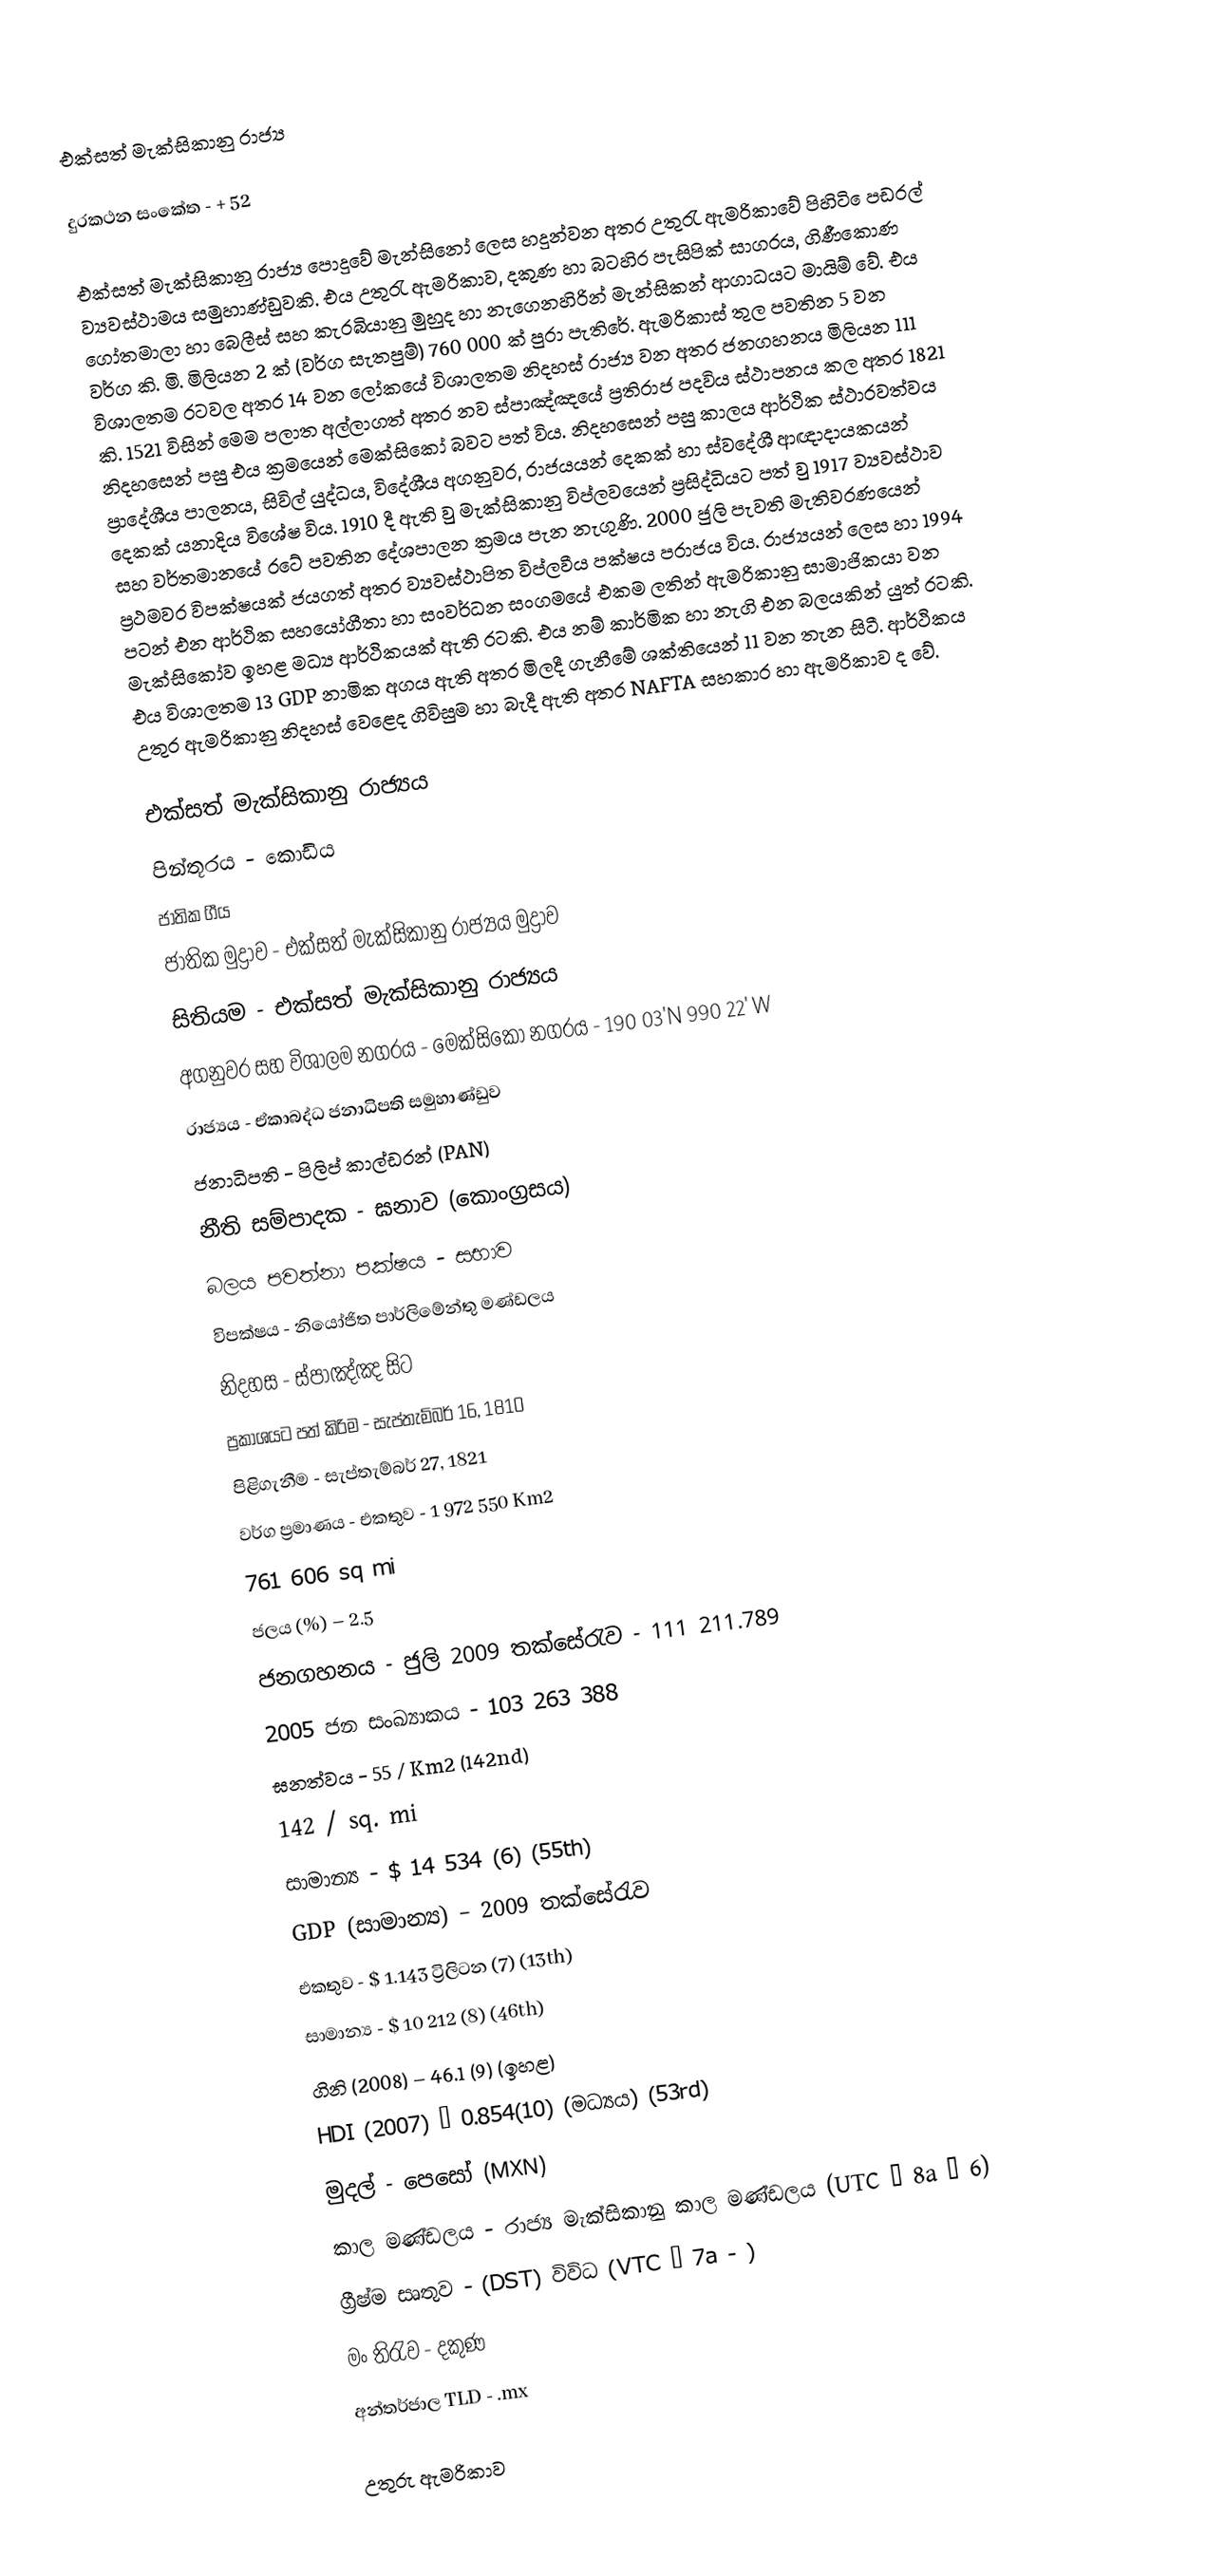
එක්සත් මැක්සිකානු රාජ්‍ය

දුරකථන සංකේත - + 52

එක්සත් මැක්සිකානු රාජ්‍ය පොදුවේ මැන්සිනෝ ලෙස හදුන්වන අතර උතුරැ ඇමරිකාවේ පිහිටි ‍ෙපඩරල් ව්‍යවස්ථාමය සමුහාණ්ඩුවකි. එය උතුරැ ඇමරිකාව, දකුණ හා බටහිර පැසිපික් සාගරය, ගිණීකොණ ගෝතමාලා හා බෙලීස් සහ කැරබියානු මුහුද හා නැගෙනහිරින් මැන්සිකන් ආගාධයට මායිම් වේ. එය වර්ග කි. මි. මිලියන 2 ක් (වර්ග සැතපුම්) 760 000 ක් පුරා පැතිරේ. ඇමරිකාස් තුල පවතින 5 වන විශාලතම රටවල අතර 14 වන ලෝකයේ විශාලතම නිදහස් රාජ්‍ය වන අතර ජනගහනය මිලියන 111 කි. 1521 විසින් මෙම පලාත අල්ලාගත් අතර නව ස්පාඤ්ඤයේ ප්‍රතිරාජ පදවිය ස්ථාපනය කල අතර 1821 නිදහසෙන් පසු එය ක්‍රමයෙන් මෙක්සිකෝ බවට පත් විය. නිදහසෙන් පසු කාලය ආර්ථික ස්ථාරවත්වය ප්‍රාදේශීය පාලනය, සිවිල් යුද්ධය, විදේශීය අගනුවර, රාජ‍්‍යයන් දෙකක් හා ස්වදේශී ආඥාදායකයන් දෙකක් යනාදිය විශේෂ ‍විය. 1910 දී ඇති වු මැක්සිකානු විප්ලවයෙන් ප්‍රසිද්ධියට පත් වු 1917 ව්‍යවස්ථාව සහ වර්තමානයේ රටේ පවතින දේශපාලන ක්‍රමය පැන නැගුණි. 2000 ජුලි පැවති මැතිවරණයෙන් ප්‍රථමවර විපක්ෂයක් ජයගත් අතර ව්‍යවස්ථාපිත විප්ලවීය පක්ෂය පරාජය විය. රාජ්‍යයන් ලෙස හා  1994 පටන් එන ආර්ථික සහයෝගීතා හා සංවර්ධන සංගමයේ එකම ලතින් ඇමරිකානු සාමාජිකයා වන මැක්සිකෝව ඉහළ මධ්‍ය ආර්ථිකයක් ඇති රටකි. එය නම් කාර්මික හා නැගි එන බලයකින් යුත් රටකි. එය විශාලතම 13 GDP නාමික අගය ඇති අතර මිලදී ගැනීමේ ශක්තියෙන් 11 වන තැන සිටී. ආර්ථිකය උතුර ඇමරිකානු නිදහස් වෙළෙද ගිවිසුම හා බැදී ඇති අතර NAFTA සහකාර හා ඇමරිකාව ද වේ.

එක්සත් මැක්සිකානු රාජ්‍යය
පින්තූරය - කොඩිය
ජාතික ගීය
ජාතික මුද්‍රාව - එක්සත් මැක්සිකානු රාජ්‍යය මුද්‍රාව
සිතියම - එක්සත් මැක්සිකානු රාජ්‍යය
අගනුවර සහ විශාලම නගරය - මෙක්සිකෝ නගරය - 190 03'N 990 22' W
රාජ්‍යය - ඒකාබද්ධ ජනාධිපති සමුහාණ්ඩුව
ජනාධිපති - පිලිප් කාල්ඩරන් (PAN)
නීති සම්පාදක - ඝනාව (කොංග්‍රසය)
බලය පවත්නා පක්ෂය - සභාව
විපක්ෂය - නියෝජිත පාර්ලිමේන්තු මණ්ඩලය
නිදහස - ස්පාඤ්ඤ සිට
ප්‍රකාශයට පත් කිරිම - සැප්තැම්බර් 16, 1810
පිළිගැනීම - සැප්තැම්බර් 27, 1821
වර්ග ප්‍රමාණය -	එකතුව	-	1 972 550 Km2
			761 606 sq mi
ජලය (%) – 2.5
ජනගහනය - ජුලි 2009 තක්සේරැව - 111 211.789
2005 ජන සංඛ්‍යාකය - 103 263 388
ඝනත්වය	-	55 / Km2 (142nd)
		142 / sq. mi
සාමාන්‍ය - $ 14 534 (6) (55th)
GDP (සාමාන්‍ය) – 2009 තක්සේරැව
එකතුව - $  1.143 ට්‍රිලිටන (7) (13th)
සාමාන්‍ය - $ 10 212 (8) (46th)
ගිනි (2008) – 46.1 (9) (ඉහළ)
HDI (2007) – 0.854(10) (මධ්‍යය) (53rd)
මුදල් - පෙසෝ (MXN)
කාල මණ්ඩලය - රාජ්‍ය මැක්සිකානු කාල මණ්ඩලය (UTC – 8a – 6)
ග්‍රීෂ්ම සෘතුව - (DST) විවිධ (VTC – 7a - )
මං තිරැව - දකුණ
අන්තර්ජාල TLD - .mx

උතුරු ඇමරිකාව